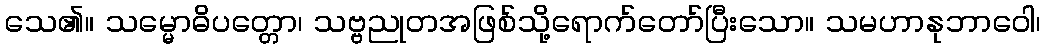
သေ၏။ သမ္မောဓိပတ္တော၊ သဗ္ဗညုတအဖြစ်သို့ရောက်တော်ပြီးသော။ သမဟာနုဘာဝေါ၊